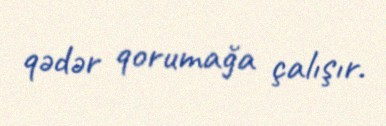
qədər qorumağa çalışır.